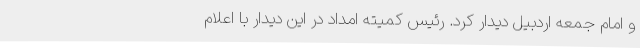
و امام جمعه اردبیل دیدار کرد. رئیس کمیته امداد در این دیدار با اعلام